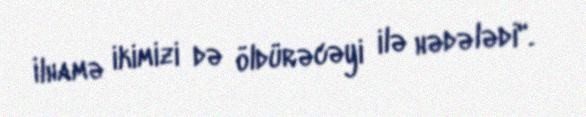
İlhamə ikimizi də öldürəcəyi ilə hədələdi".